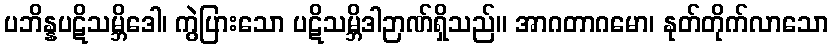
ပဘိန္နပဋိသမ္ဘိဒေါ၊ ကွဲပြားသော ပဋိသမ္ဘိဒါဉာဏ်ရှိသည်။ အာဂတာဂမော၊ နုတ်တိုက်လာသော